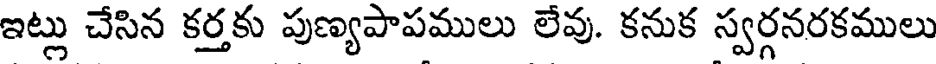
ఇట్లు చేసిన కర్తకు పుణ్యపాపములు లేవు. కనుక స్వర్గనరకములు